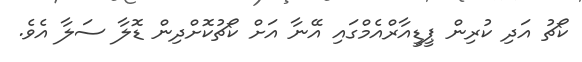
ކޯޗު އަދި ކުރިން ޕީޑީއާރްއެމްގައި އޭނާ އަށް ކޯޗުކޮށްދިން ޑޮލާ ސަލާ އެވެ.